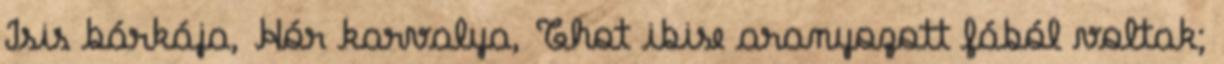
Isis bárkája, Hór karvalya, Thot ibise aranyozott fából voltak;